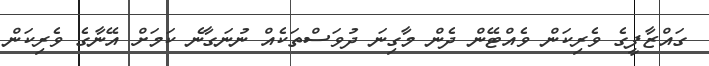
ގައްޒާފީގެ ވެރިކަން ވެއްޓޭން ދެން މާގިނަ ދުވަސްތަކެއް ނުނަގާނެ ކަމަށް އޭނާގެ ވެރިކަން